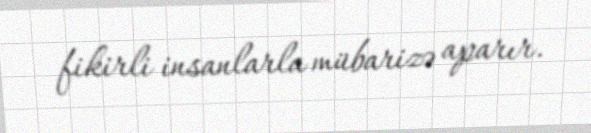
fikirli insanlarla mübarizə aparır.